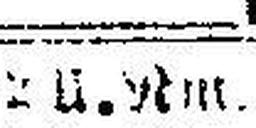
2 II. Nm